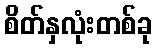
စိတ်နှလုံးတစ်ခု